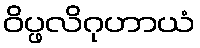
ဝိပ္ဖလိဂုဟာယံ